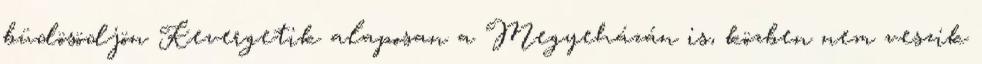
büdösödjön Kevergetik alaposan a Megyeházán is, közben nem veszik